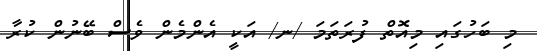
މި ބަހުގައި މިއޮތް ފުރަތަމަ /ނ/ އަކީ އެންމެން ވެސް ބޭނުން ކުރާ